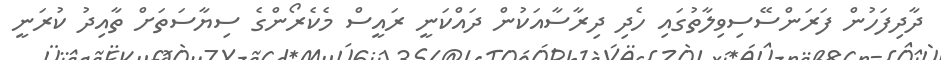
ދާދިފަހުން ފަރަންސޭސިވިލާތުގައި ހެދި ދިރާސާއަކުން ދައްކަނީ ރައީސް މެކެރޯންގެ ސިޔާސަތަށް ތާއިދު ކުރަނީ